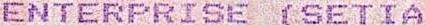
ENTERPRISE (SETIA